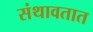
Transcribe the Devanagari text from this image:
संथावतात